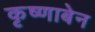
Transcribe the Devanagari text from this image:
कृष्णाबेन